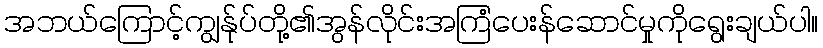
အဘယ်ကြောင့်ကျွန်ုပ်တို့၏အွန်လိုင်းအကြံပေးန်ဆောင်မှုကိုရွေးချယ်ပါ။